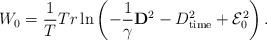
LaTeX: \begin{align*}W_0= \frac{1}{T} Tr \ln \left (-\frac{1}{\gamma}{\bf D}^2-D_{\rm time}^2+{\cal E}_0^2 \right ).\end{align*}